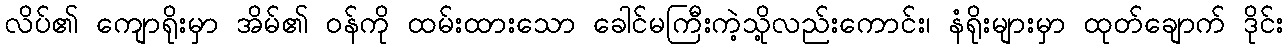
လိပ်၏ ကျောရိုးမှာ အိမ်၏ ဝန်ကို ထမ်းထားသော ခေါင်မကြီးကဲ့သို့လည်းကောင်း၊ နံရိုးများမှာ ထုတ်ချောက် ဒိုင်း